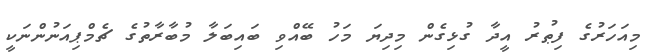
މިއަހަރުގެ ފިޠުރު އީދާ ގުޅިގެން މިދިޔަ މަހު ބޭއްވި ބައިބަލާ މުބާރާތުގެ ޗެމްޕިއަނުންނަކީ